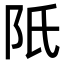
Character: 𨸝